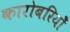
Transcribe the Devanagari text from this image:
कारोबरियोँ